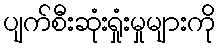
ပျက်စီးဆုံးရှုံးမှုများကို